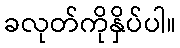
ခလုတ်ကိုနှိပ်ပါ။